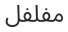
مفلفل